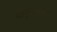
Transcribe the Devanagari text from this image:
वायुमाकाशे।